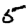
Digit: 5